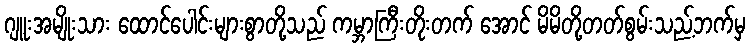
ဂျူးအမျိုးသား ထောင်ပေါင်းများစွာတို့သည် ကမ္ဘာကြီးတိုးတက် အောင် မိမိတို့တတ်စွမ်းသည့်ဘက်မှ